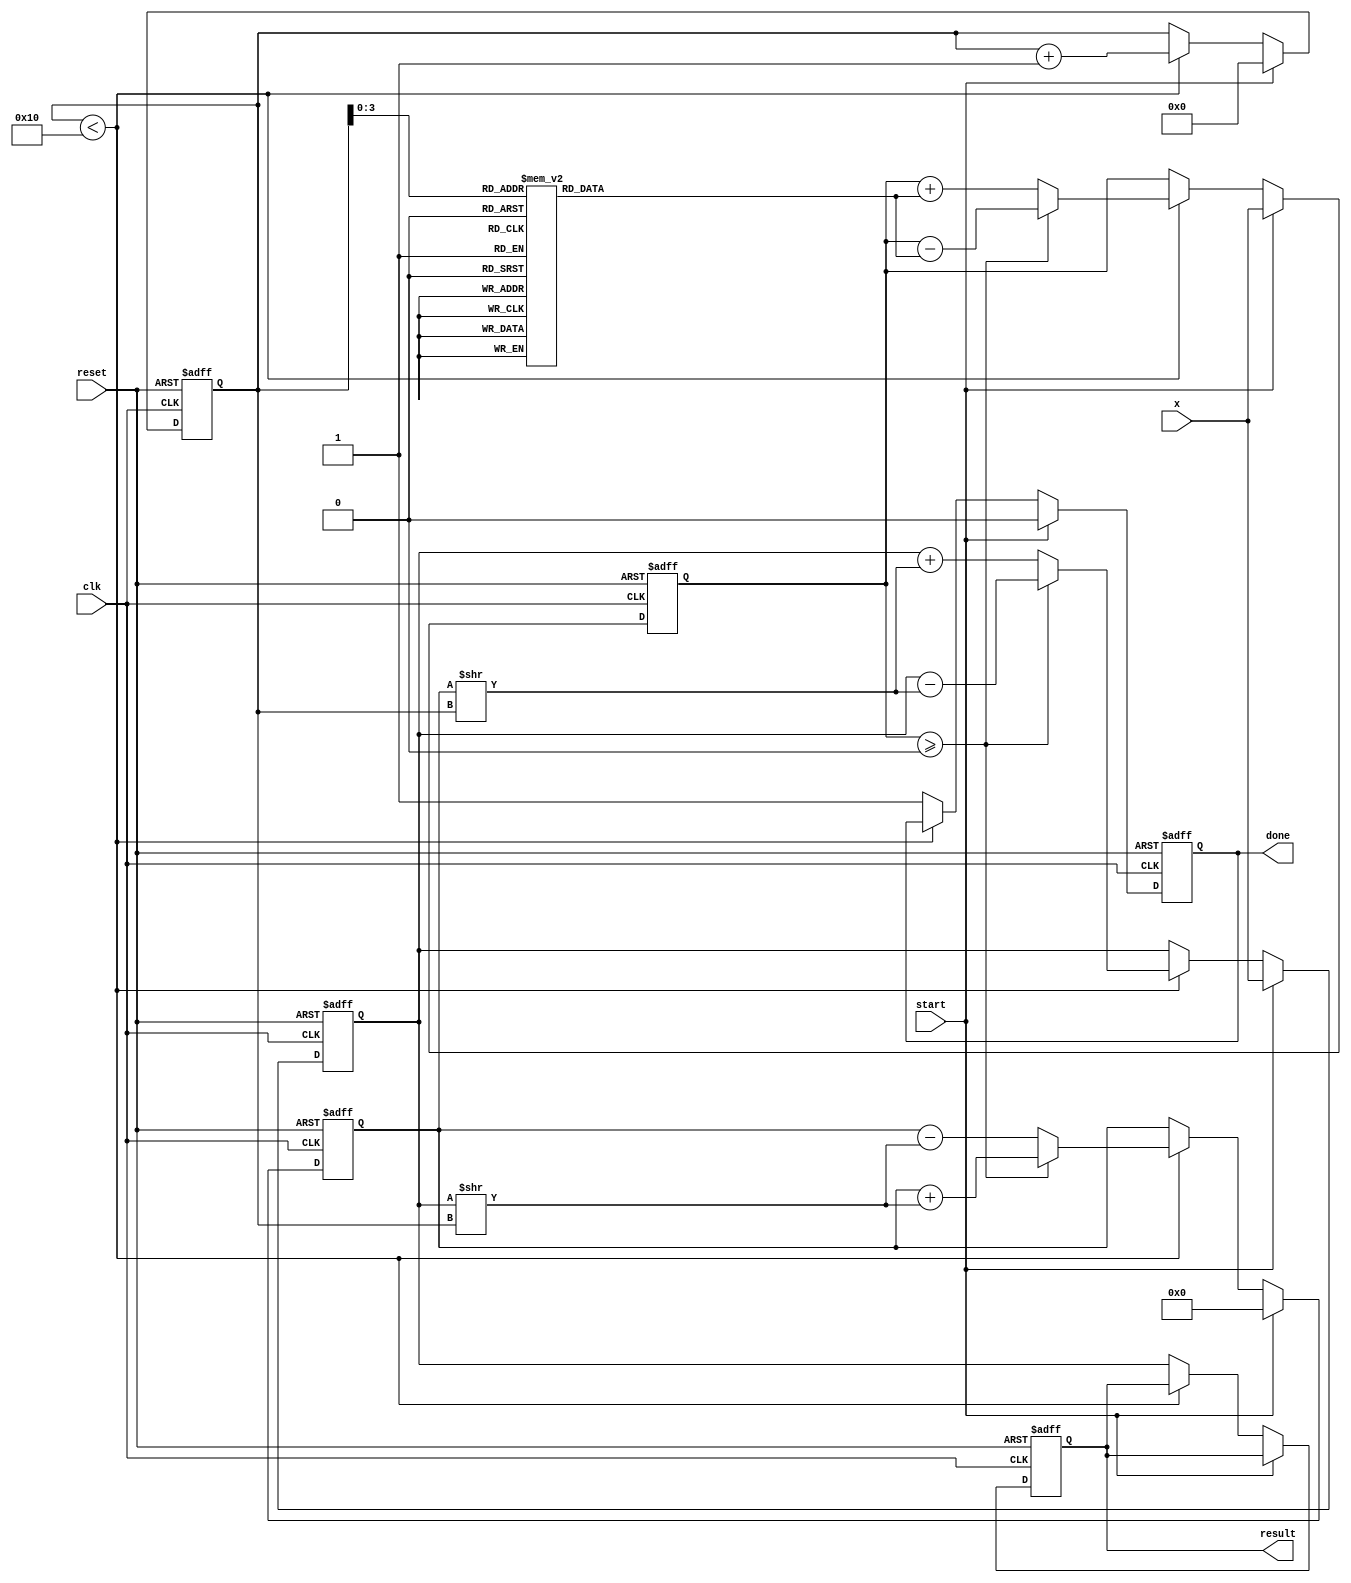
module cordic_exponential #(
    parameter WIDTH = 16,          // Width of the input and output data
    parameter ITERATIONS = 16      // Number of iterations for CORDIC
)(
    input wire clk,                // Clock signal
    input wire reset,              // Reset signal
    input wire start,              // Start signal for computation
    input wire [WIDTH-1:0] x,      // Input value for e^x
    output reg [WIDTH-1:0] result, // Output result for e^x
    output reg done                // Done signal to indicate completion
);

    // CORDIC angle table for exponential calculations (in fixed-point format)
    reg [WIDTH-1:0] angle_table [0:ITERATIONS-1];
    initial begin
        // Populate angle_table with pre-computed values
        angle_table[0] = 16'h1; // Example values, need to be adjusted
        angle_table[1] = 16'h1; // Add actual values for e^x
        // ...
        angle_table[ITERATIONS-1] = 16'h1; // Last value
    end

    // Registers for CORDIC iterations
    reg [WIDTH-1:0] x_reg;
    reg [WIDTH-1:0] y_reg;
    reg [WIDTH-1:0] z_reg;
    reg [4:0] iteration; // Current iteration counter

    // Control logic
    always @(posedge clk or posedge reset) begin
        if (reset) begin
            result <= 0;
            done <= 0;
            iteration <= 0;
            x_reg <= 0;
            y_reg <= 0;
            z_reg <= 0;
        end else if (start) begin
            // Load input value
            x_reg <= x;
            y_reg <= 0; // Initial y value for e^x
            z_reg <= x; // Initial z value (angle)
            iteration <= 0;
            done <= 0;
        end else if (iteration < ITERATIONS) begin
            // CORDIC rotation logic
            if (z_reg >= 0) begin
                // Perform rotation in the positive direction
                x_reg <= x_reg - (y_reg >> iteration);
                y_reg <= y_reg + (x_reg >> iteration);
                z_reg <= z_reg - angle_table[iteration];
            end else begin
                // Perform rotation in the negative direction
                x_reg <= x_reg + (y_reg >> iteration);
                y_reg <= y_reg - (x_reg >> iteration);
                z_reg <= z_reg + angle_table[iteration];
            end
            iteration <= iteration + 1;
        end else begin
            // Final scaling factor adjustment (example: multiply by 1.6487)
            result <= x_reg; // Final result
            done <= 1; // Indicate completion
        end
    end

endmodule